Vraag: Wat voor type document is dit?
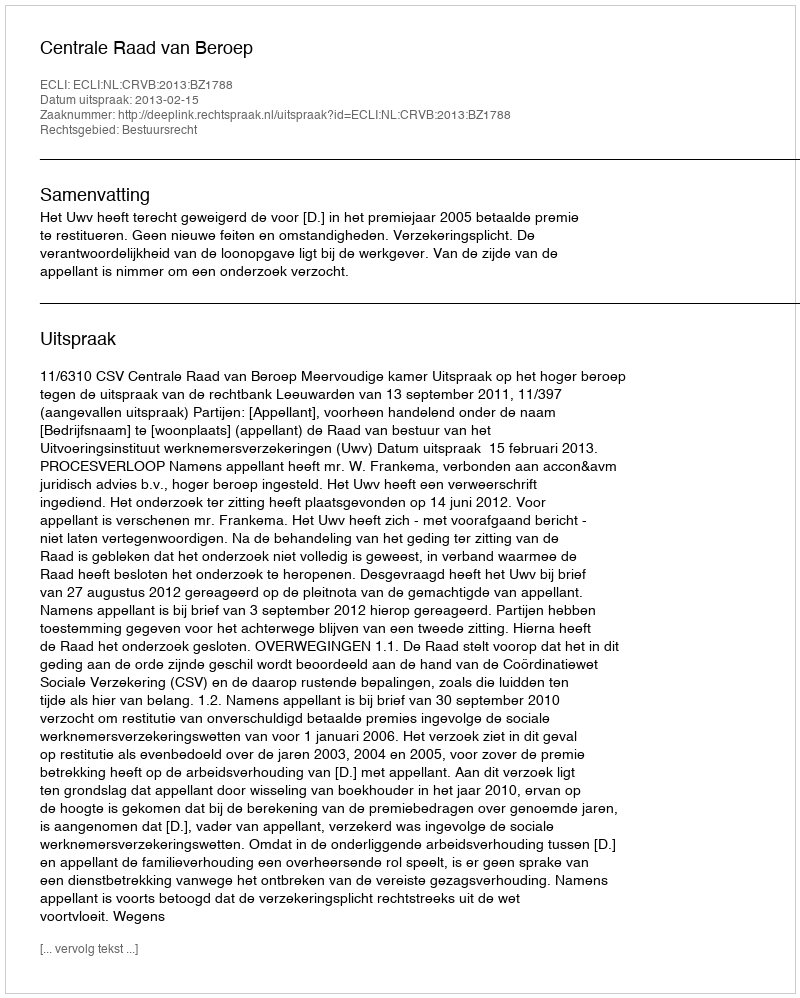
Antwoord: Uitspraak